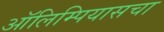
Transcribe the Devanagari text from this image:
ऑलिम्पियासचा